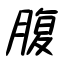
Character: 腹